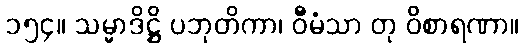
၁၅၄။ သမ္မာဒိဋ္ဌိ ပဘုတိကာ၊ ဝီမံသာ တု ဝိစာရဏာ။